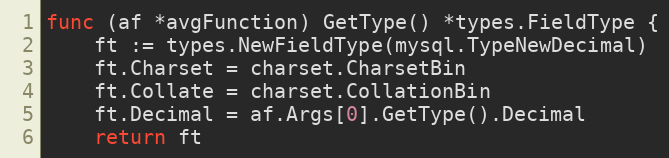
Language: Go
func (af *avgFunction) GetType() *types.FieldType {
	ft := types.NewFieldType(mysql.TypeNewDecimal)
	ft.Charset = charset.CharsetBin
	ft.Collate = charset.CollationBin
	ft.Decimal = af.Args[0].GetType().Decimal
	return ft